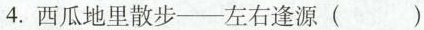
4.西瓜地里散步—左右逢源（）